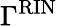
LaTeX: \Gamma^{\mathrm{RIN}}